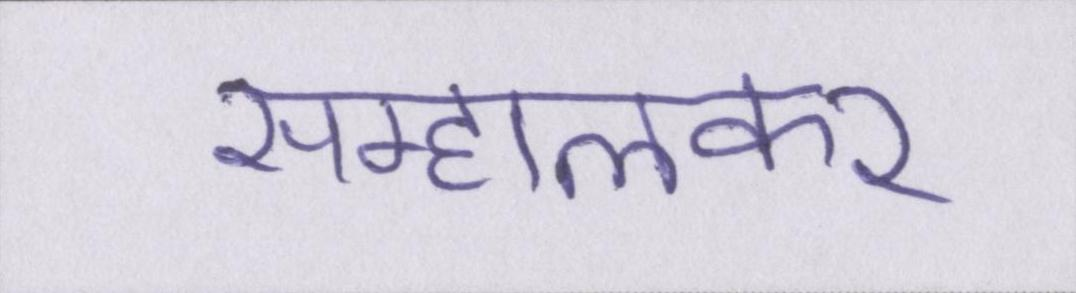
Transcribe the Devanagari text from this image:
सम्हालकर